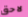
لاحق